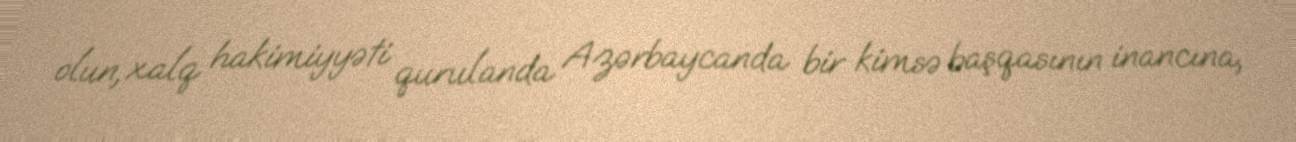
olun, xalq hakimiyyəti qurulanda Azərbaycanda bir kimsə başqasının inancına,